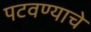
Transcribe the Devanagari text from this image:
पटवण्याचे